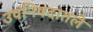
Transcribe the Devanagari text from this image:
उपनिषदातले